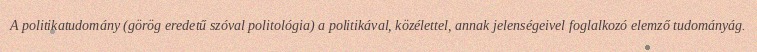
A politikatudomány (görög eredetű szóval politológia) a politikával, közélettel, annak jelenségeivel foglalkozó elemző tudományág.